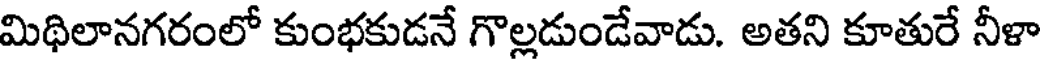
మిథిలానగరంలో కుంభకుడనే గొల్లడుండేవాడు. అతని కూతురే నీళా